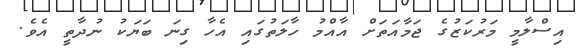
އިސްލާމީ މަރުކަޒުގެ ޖަމާއަތަށް އާއްމު ހާލަތުގައި އެހާ ގިނަ ބަޔަކު ނުދާތީ އެވެ.